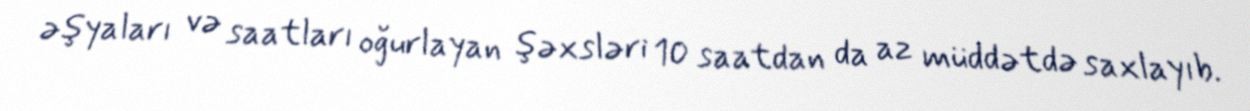
əşyaları və saatları oğurlayan şəxsləri 10 saatdan da az müddətdə saxlayıb.